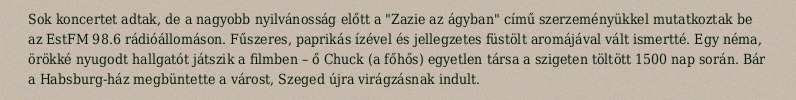
Sok koncertet adtak, de a nagyobb nyilvánosság előtt a "Zazie az ágyban" című szerzeményükkel mutatkoztak be az EstFM 98.6 rádióállomáson. Fűszeres, paprikás ízével és jellegzetes füstölt aromájával vált ismertté. Egy néma, örökké nyugodt hallgatót játszik a filmben – ő Chuck (a főhős) egyetlen társa a szigeten töltött 1500 nap során. Bár a Habsburg-ház megbüntette a várost, Szeged újra virágzásnak indult.